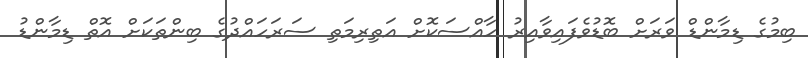
ބިމުގެ ޑިމާންޑް ވަރަށް ބޮޑުވެފައިވާއިރު ހާއްސަކޮށް އަތިރިމަތި ސަރަހައްދުގެ ބިންތަކަށް އޮތް ޑިމާންޑު